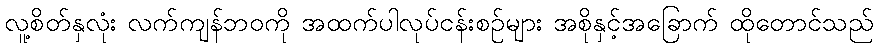
လူ့စိတ်နှလုံး လက်ကျန်ဘဝကို အထက်ပါလုပ်ငန်းစဉ်များ အစိုနှင့်အခြောက် ထိုတောင်သည်